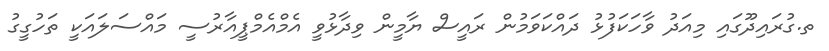
ތ.ގުރައިދޫގައި މިއަދު ވާހަކަފުޅު ދައްކަވަމުން ރައީސް ޔާމީން ވިދާޅުވީ އެމްއެމްޕީއާރުސީ މައްސަލައަކީ ތަހުގީގު